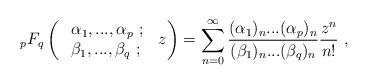
LaTeX: \begin{align*}{}_{p}F_{q}\left(\ \begin{array}{lll}\alpha_{1},...,\alpha_{p}~;~\\\beta_{1}, ..., \beta_{q}~;~\end{array} z\right)=\sum_{n=0}^{\infty}\frac{(\alpha_{1})_{n} ... (\alpha_{p})_{n}}{(\beta_{1})_{n} ... (\beta_{q})_{n}}\frac{z^{n}}{n!}~,\newline\end{align*}